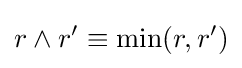
r\wedge r'\equiv \min(r,r')